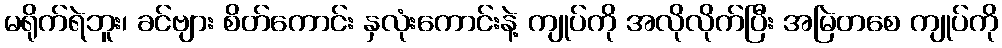
မရိုက်ရဲဘူး၊ ခင်ဗျား စိတ်ကောင်း နှလုံးကောင်းနဲ့ ကျုပ်ကို အလိုလိုက်ပြီး အမြဲတစေ ကျုပ်ကို